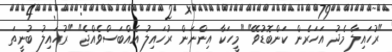
"ރުހައިލާ މެދު އަހަރެން ކަންބޮޑުވޭ" "މީހަކާ އިންނަން ރުހައިލު އެއްބަސްވެއްޖެ" "ރުހައިލު ބުނީތަ